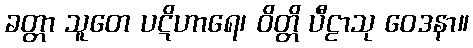
ခတ္တာ သူတေ ပဋိဟာရေ၊ ဝိတ္တိ ပီဠာသု ဝေဒနာ။